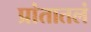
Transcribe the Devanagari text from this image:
प्रांतातलं